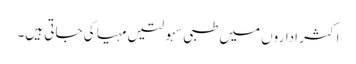
اکثر اداروں میں طبی سہولتیں مہیا کی جاتی ہیں۔